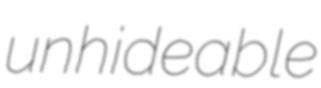
unhideable